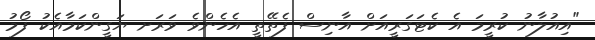
"އިއުލާނު ކުރީމަ އެ ކެޓަގަރީއަށް އާނިސް ފެތޭތީ އެހެންވެ ވަރަށ ޔަގީންކަމާއެކު ފޯމު